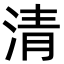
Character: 清